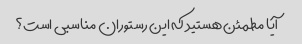
آیا مطمئن هستید که این رستوران مناسبی است؟